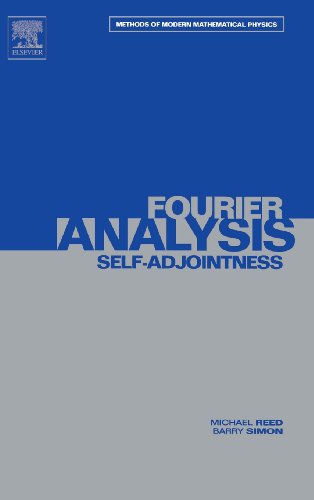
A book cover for Fourier Analysis, Self-Adjointness (Methods of Modern Mathematical Physics, Vol. 2); Michael Reed; Science & Math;